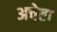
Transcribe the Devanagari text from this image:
अचेष्टा